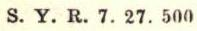
S. Y. R. 7. 27. 500